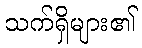
သက်ရှိများ၏